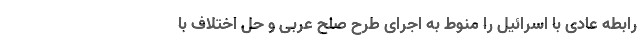
رابطه عادی با اسرائیل را منوط به اجرای طرح صلح عربی و حل اختلاف با